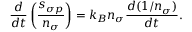
\frac { d } { d t } \left( \frac { s _ { \sigma p } } { n _ { \sigma } } \right) = k _ { B } n _ { \sigma } \frac { d ( 1 / n _ { \sigma } ) } { d t } .